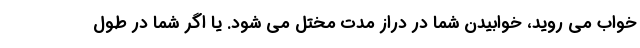
خواب می روید، خوابیدن شما در دراز مدت مختل می شود. یا اگر شما در طول